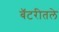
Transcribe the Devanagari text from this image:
बॅटरीतले